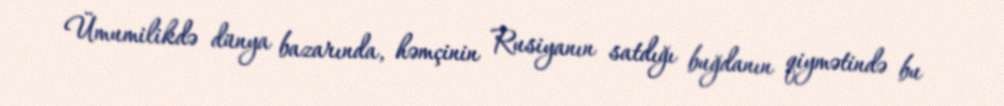
Ümumilikdə dünya bazarında, həmçinin Rusiyanın satdığı buğdanın qiymətində bu